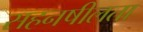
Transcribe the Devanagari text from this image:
सहनषीलता